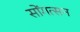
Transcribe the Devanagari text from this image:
सोंगत्सन